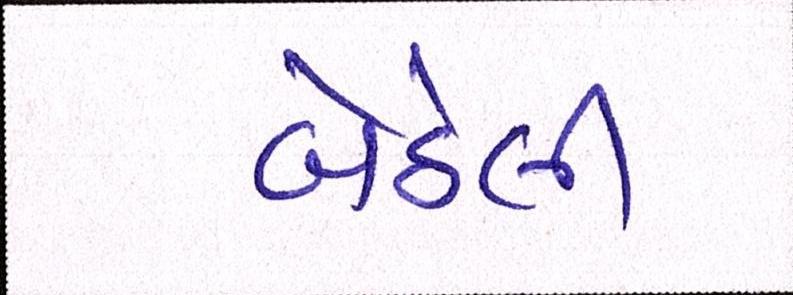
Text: બેઠેલી